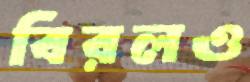
বিরলও